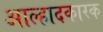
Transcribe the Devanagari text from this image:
आल्हादकारक